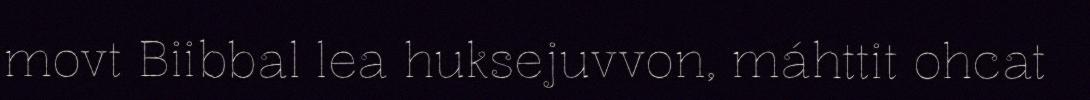
movt Biibbal lea huksejuvvon, máhttit ohcat